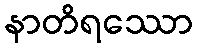
နာတိရဿော